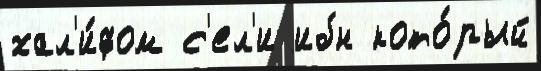
хал'и́фом с'ел'и ибн кото́рый